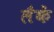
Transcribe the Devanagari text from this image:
लैकें